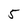
Character: 5